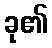
ခု၏